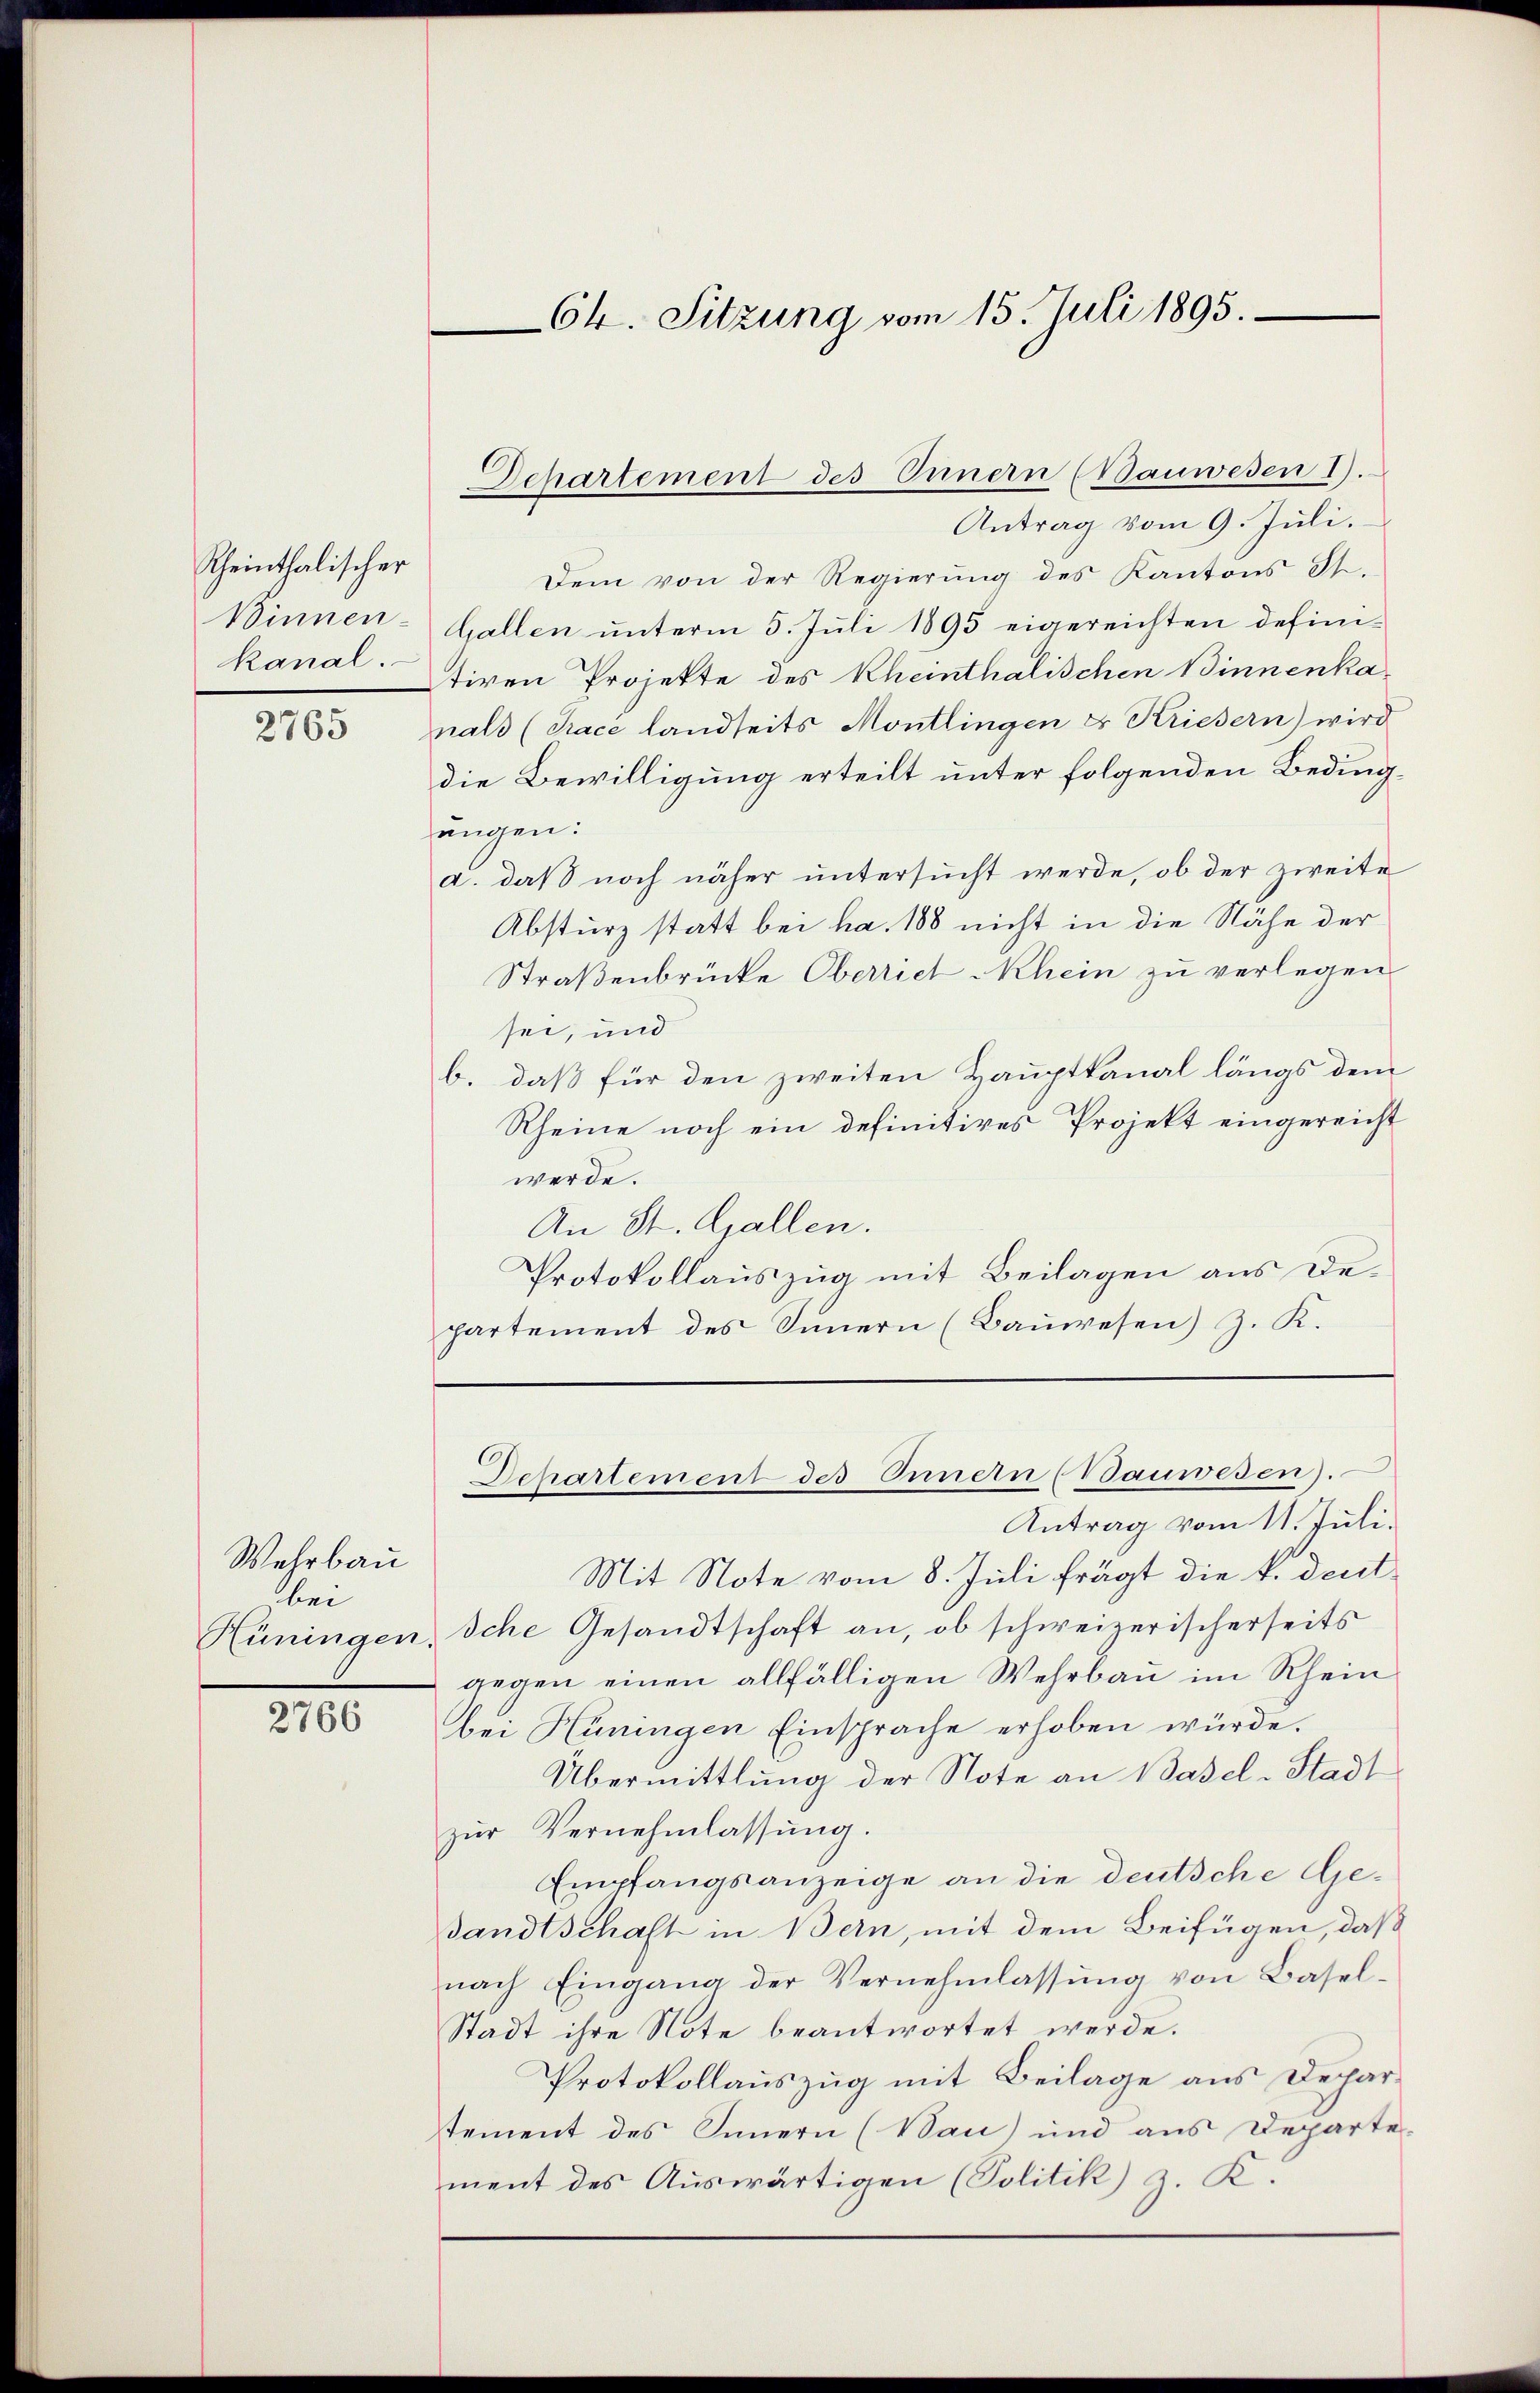
Rheinthalischer
Binnenkanal.

2765

Wehrbau
bei

2766

Antrag vom 9. Juli.
Dem von der Regierung des Kantons St.
Gallen unterm 5. Juli 1895 eigereichten definitiren Projekte des Rheinthalischen Binnenkanats (Trace landseits Montlingen & Kriesern) wird
die Bewilligung erteilt unter folgenden Bedingungen:
d. daß noch näher untersucht werde, ob der zweite
Absturz statt bei ha. 188 nicht in die Nähe der
Straßenbrücke Oberriet Rhein zu verlegen
sei, und
b. daß für den zweiten Hauptkanal längs dem
Rheine noch ein definitives Projekt eingereicht
werde.
An St. Gallen.
Protokollauszug mit Beilagen aus Departement des Innern (Baŭwesen) Z. K.

Mit Note vom 8. Juli frägt die k. deut¬
Hüningen, sche Gesandtschaft an, ob schweizerischerseits
gegen einen allfälligen Wehrbau im Rhein
bei Hüningen Einsprache erhoben würde.
Übermittlung der Note an Basel-Stadt
zŭr Vernehmlassŭng.
Empfangsanzeige an die deutsche Gesandtschaft in Bern, mit dem Beifügen, daß
nach Eingang der Vernehmlassŭng von Basel-
Stadt ihre Note beantwortet werde.
Protokollauszug mit Beilage aus Dechartement des Innern (Wau) und aus Departe-
ment des Auswärtigen (Politik z. K.

64. Sitzung vom 15. Juli 1895.

Departement des Innern (Bauwesen 1).

Departement des Innern (Vauwesen.
Antrag vom 11. Juli.